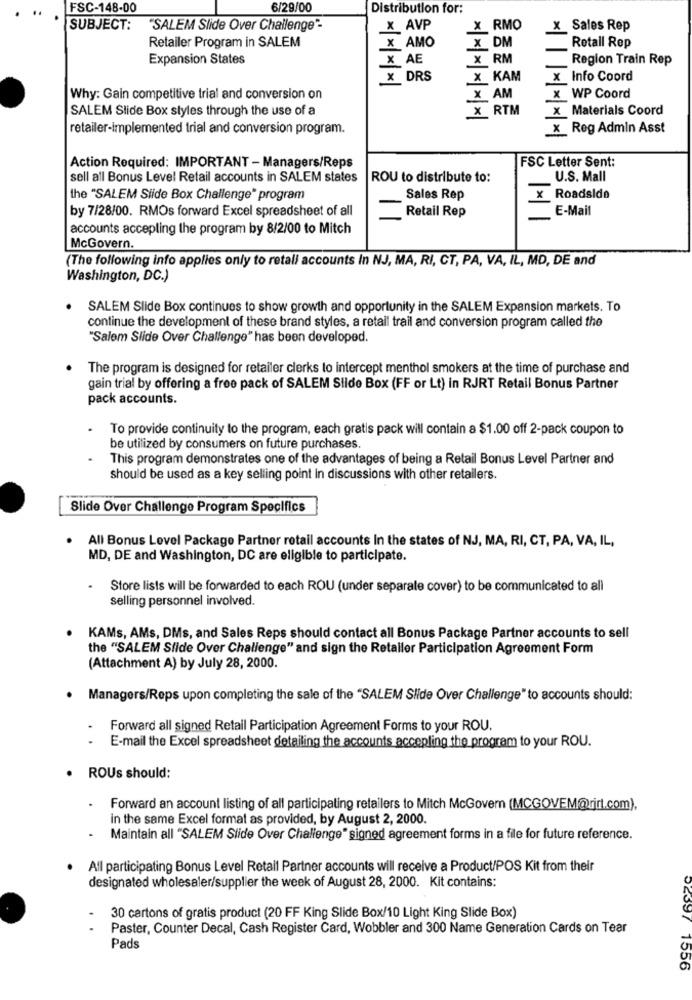
FSC-148-00
6/29/00
Distribution for:
SUBJECT:
"SALEM Slide Over Challenge"-
X AVP
X RMO
X Sales Rep
Retailer Program in SALEM
Rotall Rep
x AMO
X DM
Expansion States
X AE
X RM
Region Train Rep
X DRS
X KAM
x Info Coord
Why: Gain competitive trial and conversion on
X AM
x WP Coord
SALEM Slide Box styles through the use of a
X RTM
x Materials Coord
retailer-Implemented trial and conversion program.
x Reg Admin Asst
Action Required: IMPORTANT - Managers/Reps
FSC Letter Sent:
sell all Bonus Level Retail accounts in SALEM states
ROU to distribute to:
U.S. Mall
the "SALEM Slide Box Challenge" program
Sales Rep
x Roadside
by 7/28/00. RMOs forward Excel spreadsheet of all
E-Mail
Retail Rep
accounts accepling the program by 8/2/00 to Mitch
McGovern.
(The following info applies only to retall accounts In NJ, MA, RI, CT, PA, VA, IL, MD, DE and
Washington, DC.)
SALEM Slide Box continues to show growth and opportunity in the SALEM Expansion markets. To
continue the development of these brand styles, a retail trail and conversion program called the
"Salem Slide Over Challenge" has been developed.
The program is designed for retailer clerks to intercept menthol smokers at the time of purchase and
gain trial by offering a free pack of SALEM Slide Box (FF or Lt) in RJRT Retail Bonus Partner
pack accounts.
To provide continuity to the program, each gratis pack will contain a $1.00 off 2-pack coupon to
be utilized by consumers on future purchases.
This program demonstrates one of the advantages of being a Retail Bonus Level Partner and
should be used as a key selling point in discussions with other retailers.
Slide Over Challenge Program Specifics
All Bonus Lovel Package Partner retail accounts In the states of NJ, MA, RI, CT, PA, VA, IL,
MD, DE and Washington, DC are eligible to participate.
Store lists will be forwarded to each ROU (under separate cover) to be communicated to all
selling personnel involved.
KAMs, AMs, DMs, and Sales Reps should contact all Bonus Package Partner accounts to sell
the "SALEM Slide Over Challenge" and sign the Retailer Participation Agreement Form
(Attachment A) by July 28, 2000.
Managers/Reps upon completing the sale of the "SALEM Slide Over Challenge" to accounts should:
Forward all signed Retail Participation Agreement Forms to your ROU.
E-mail the Excel spreadsheet detailing the accounts accepling the program to your ROU.
ROUs should:
Forward an account listing of all participating retailers to Mitch McGovern (MCGOVEM@rirt.com),
in the same Excel format as provided, by August 2, 2000.
Maintain all "SALEM Slide Over Challenge" signed agreement forms in a file for future reference.
All participating Bonus Level Retail Partner accounts will receive a Product/POS Kit from their
designated wholesaler/supplier the week of August 28, 2000. Kit contains:
30 cartons of gratis product (20 FF King Slide Box/10 Light King Slide Box)
Paster, Counter Decal, Cash Register Card, Wobbler and 300 Name Generation Cards on Tear
Pads
02397 1556